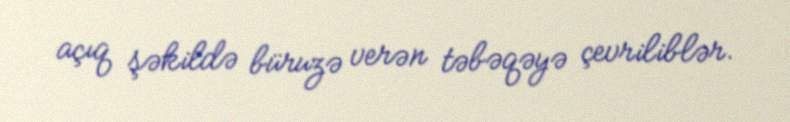
açıq şəkildə büruzə verən təbəqəyə çevriliblər.